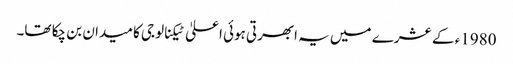
1980ء کے عشرے میں یہ ابھرتی ہوئی اعلیٰ ٹیکنالوجی کا میدان بن چکا تھا۔